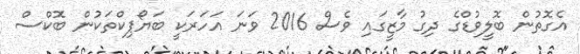
އެގޮތުން ބޮލީވުޑްގެ ދިގު މާޒީގައި ވެސް 2016 ވަނަ އަހަރަކީ ބަޔޯޕިކްތަކުން ބޮކްސް